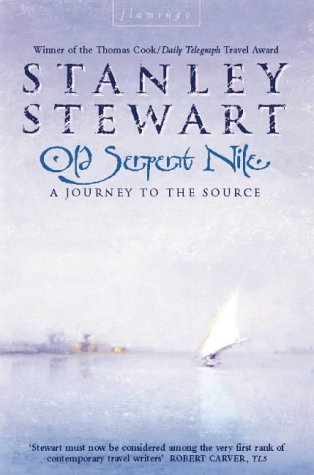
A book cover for Old Serpent Nile; Stanley Stewart; Travel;